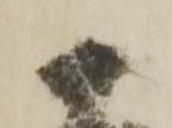
十